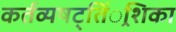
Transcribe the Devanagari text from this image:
कर्तव्यषट्तिं्रशिका